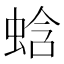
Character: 蛿